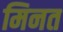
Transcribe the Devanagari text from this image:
मिनत